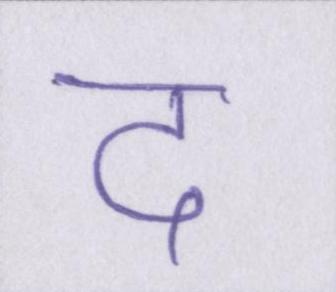
द